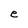
Character: e